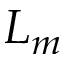
L _ { m }